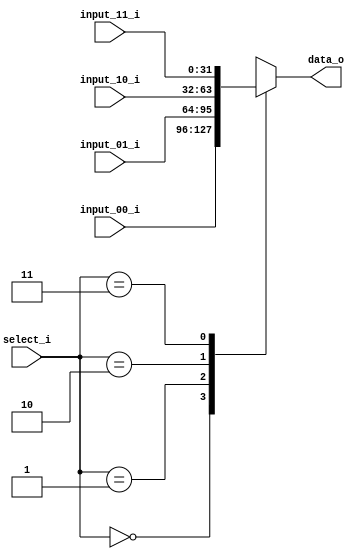
module MUX_4(
    input_00_i,
    input_01_i,
    input_10_i,
    input_11_i,
    select_i,
    data_o
);

input [31:0] input_00_i, input_01_i, input_10_i, input_11_i;
input [1:0] select_i;
output reg [31:0] data_o;

always@(select_i, input_00_i, input_01_i, input_10_i, input_11_i) begin
    case (select_i)
        2'b00: data_o <= input_00_i; 
        2'b01: data_o <= input_01_i;
        2'b10: data_o <= input_10_i;
        2'b11: data_o <= input_11_i;
        default: data_o = 0;
    endcase
end

endmodule